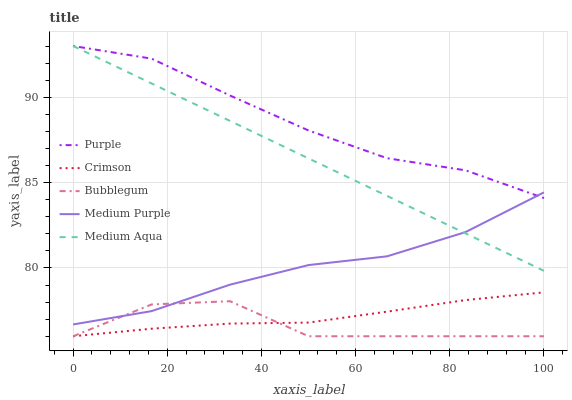
| xaxis_label | Purple | Crimson | Bubblegum | Medium Purple | Medium Aqua |
 | --- | --- | --- | --- | --- | --- |
 | 0 | 93 | 76 | 76 | 76.7 | 93 |
 | 16.7 | 92.3 | 76.4 | 77.9 | 77.5 | 90.8 |
 | 33.3 | 90.1 | 76.7 | 78.1 | 79 | 88.6 |
 | 50 | 88.1 | 76.8 | 76 | 80.2 | 86.4 |
 | 66.7 | 86.4 | 77.4 | 76 | 80.7 | 84.2 |
 | 83.3 | 85.7 | 78.1 | 76 | 82.1 | 82 |
 | 100 | 84.1 | 78.6 | 76 | 84.4 | 79.8 |